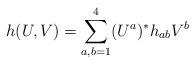
LaTeX: \begin{align*} h(U,V) = \sum_{a,b=1}^4(U^a)^\ast h_{ab}V^b\end{align*}